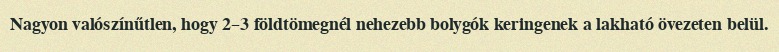
Nagyon valószínűtlen, hogy 2–3 földtömegnél nehezebb bolygók keringenek a lakható övezeten belül.